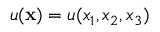
u ( { \bf x } ) = u ( x _ { 1 } , x _ { 2 } , x _ { 3 } )